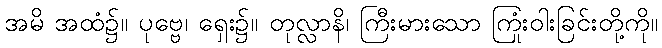
အမိ အထံ၌။ ပုဗ္ဗေ၊ ရှေး၌။ တုလ္လာနိ၊ ကြီးမားသော ကြုံးဝါးခြင်းတို့ကို။